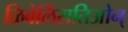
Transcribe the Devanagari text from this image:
ळिबेर्लिसतिओन्